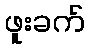
ဖူးခက်